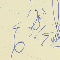
ايلي قشوع